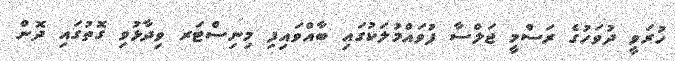
ހުރަވީ ދުވަހުގެ ރަސްމީ ޖަލްސާ ފުވައްމުލަކުގައި ބާއްވައިފި މިނިސްޓަރ ވިދާޅުވި ގޮތުގައި ދޮން